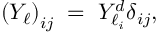
\left( Y _ { \ell } \right) _ { i j } \; = \; Y _ { \ell _ { i } } ^ { d } \delta _ { i j } ,